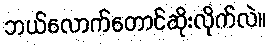
ဘယ်လောက်တောင်ဆိုးလိုက်လဲ။